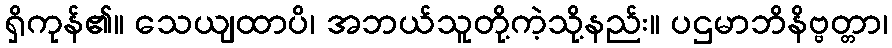
ရှိကုန်၏။ သေယျထာပိ၊ အဘယ်သူတို့ကဲ့သို့နည်း။ ပဌမာဘိနိဗ္ဗတ္တာ၊